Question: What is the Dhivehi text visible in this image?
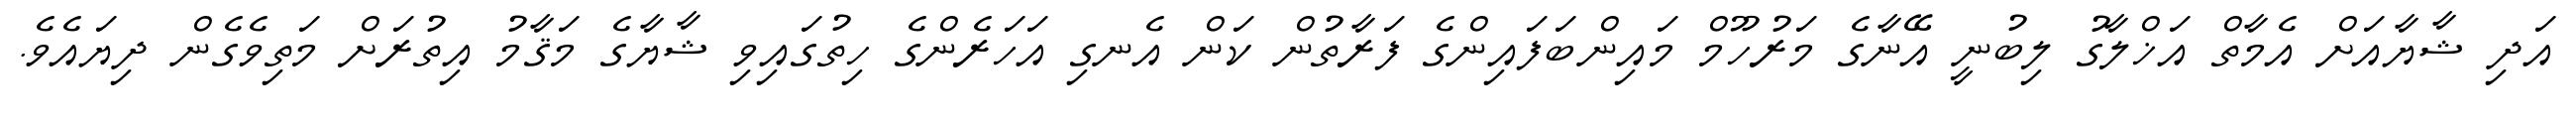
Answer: އަދި ޝާޔާއަށް އެމާތް އަޚްލާގު ލިބުނީ އޭނާގެ މަރުހޫމް މައިންބަފައިންގެ ފަރާތުން ކަން އެނގި އަހަރެންގެ ހިތުގައިވި ޝާޔާގެ މަޤާމު އިތުރަށް މަތިވެގެން ދިޔައެވެ.